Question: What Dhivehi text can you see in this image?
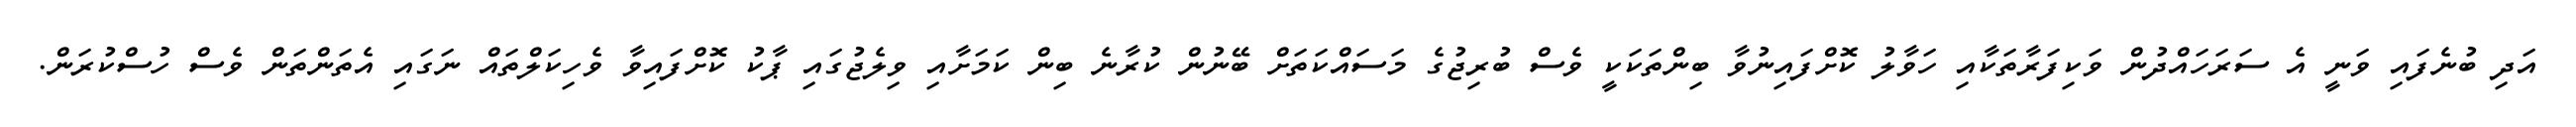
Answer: އަދި ބުނެފައި ވަނީ އެ ސަރަހައްދުން ވަކިފަރާތަކާއި ހަވާލު ކޮށްފައިނުވާ ބިންތަކަކީ ވެސް ބުރިޖުގެ މަސައްކަތަށް ބޭނުން ކުރާނެ ބިން ކަމަށާއި ވިލެޖުގައި ޕާކު ކޮށްފައިވާ ވެހިކަލްތައް ނަގައި އެތަންތަން ވެސް ހުސްކުރަން.